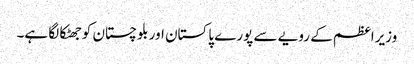
وزیراعظم کے رویے سے پورے پاکستان اور بلوچستان کوجھٹکا لگا ہے۔